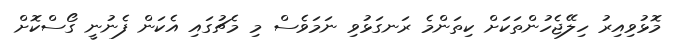
މޮޅުވިއިރު ހިލޭޖެހުންތަކަށް ކިތަންމެ ރަނގަޅުވި ނަމަވެސް މި މެޗުގައި އެކަން ފެނުނީ ގޯސްކޮށް